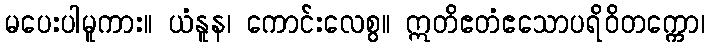
မပေးပါမူကား။ ယံနူန၊ ကောင်းလေစွ။ ဣတိဧတံဧသောပရိဝိတက္ကော၊